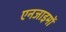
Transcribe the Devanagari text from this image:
एनजाइमों